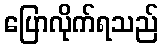
ပြောလိုက်ရသည်